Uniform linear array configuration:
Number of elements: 64
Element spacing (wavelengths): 0.5
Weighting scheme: binomial
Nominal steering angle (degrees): -60
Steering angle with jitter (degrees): -61.188
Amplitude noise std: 0.05
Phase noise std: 0.05

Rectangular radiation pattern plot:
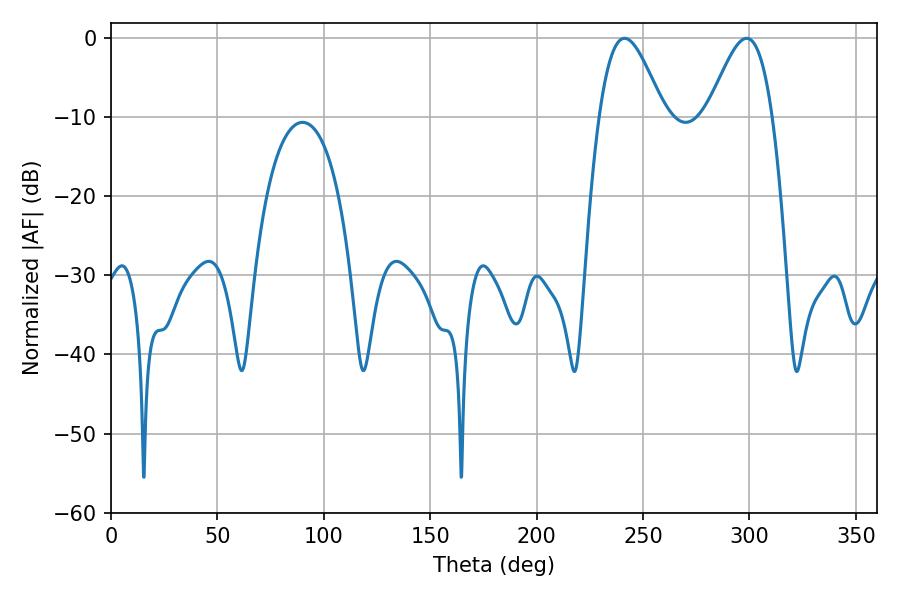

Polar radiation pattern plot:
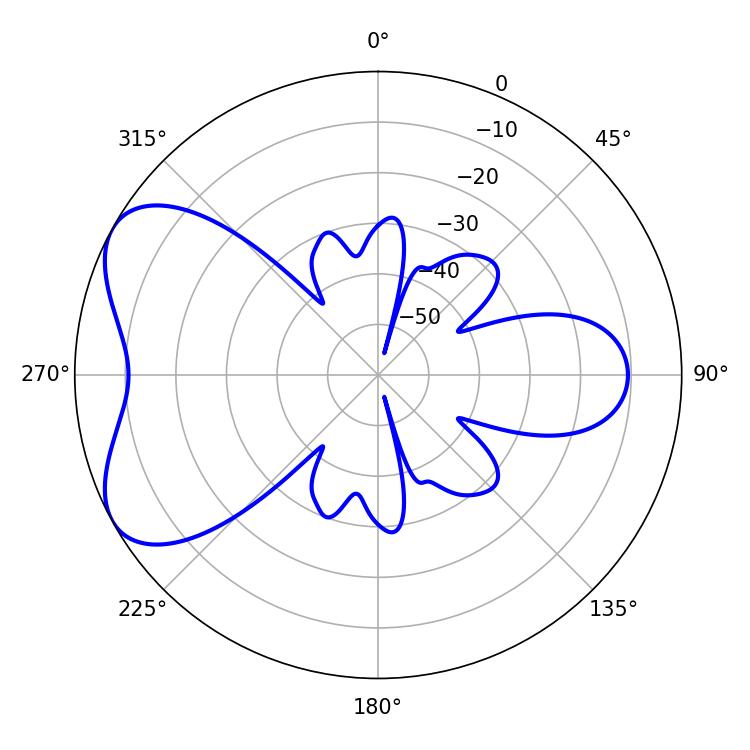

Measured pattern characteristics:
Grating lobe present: FALSE
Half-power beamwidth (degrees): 16.2
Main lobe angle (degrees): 241.38